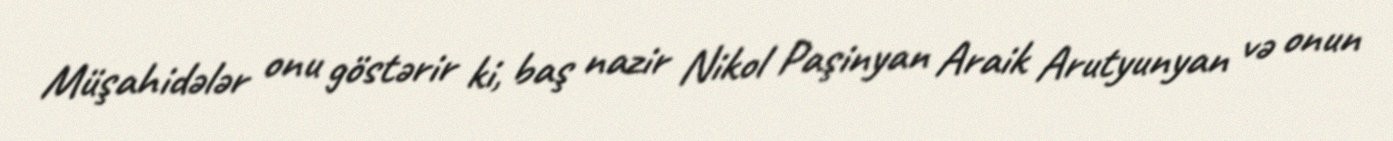
Müşahidələr onu göstərir ki, baş nazir Nikol Paşinyan Araik Arutyunyan və onun